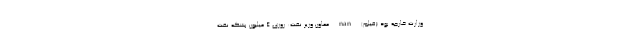
وزارت خارجه بود (فیلم) nan معاون وزیر نفت: روزی ۴ میلیون بشکه نفت